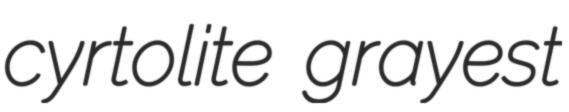
cyrtolite grayest